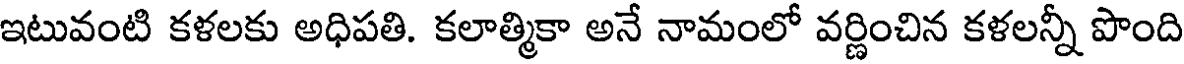
ఇటువంటి కళలకు అధిపతి. కలాత్మికా అనే నామంలో వర్ణించిన కళలన్నీ పొంది